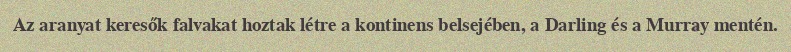
Az aranyat keresők falvakat hoztak létre a kontinens belsejében, a Darling és a Murray mentén.